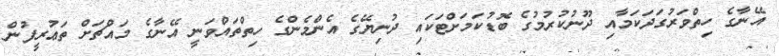
އޭނާގެ ހިތްވަރުގަދަކަމާއި ދޫނުކުރުމުގެ ބޮޑުކަމަށްޓަކައި ދުނިޔޭގެ އެންމެންގެ ހިތްތައްވަނީ އޭނާގެ މައްޗަށް ތަޢުރީފުން